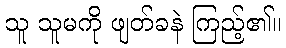
သူ သူမကို ဖျတ်ခနဲ ကြည့်၏။